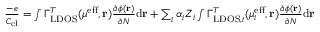
\begin{array} { r } { \frac { - e } { C _ { \mathrm { e l } } } = \int \Gamma _ { \mathrm { L D O S } } ^ { T } ( \mu ^ { \mathrm { e f f } } , \mathbf { r } ) \frac { \partial \phi ( \mathbf { r } ) } { \partial N } \mathrm { d } \mathbf { r } + \sum _ { i } \alpha _ { i } Z _ { i } \int \Gamma _ { \mathrm { L D O S } , i } ^ { T } ( \mu _ { i } ^ { \mathrm { e f f } } , \mathbf { r } ) \frac { \partial \phi ( \mathbf { r } ) } { \partial N } \mathrm { d } \mathbf { r } } \end{array}